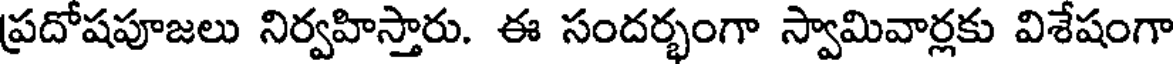
ప్రదోషపూజలు నిర్వహిస్తారు. ఈ సందర్భంగా స్వామివార్లకు విశేషంగా